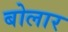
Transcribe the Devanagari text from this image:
बोलार